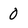
Character: 0